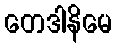
တေဒါနိမေ